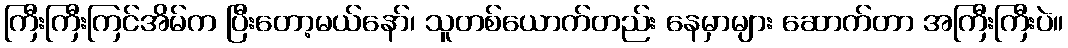
ကြီးကြီးကြင်အိမ်က ပြီးတော့မယ်နော်၊ သူတစ်ယောက်တည်း နေမှာများ ဆောက်တာ အကြီးကြီးပဲ။